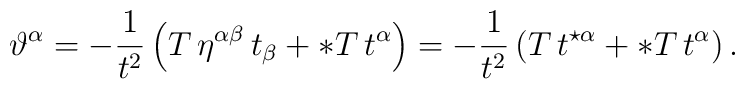
\vartheta^{\alpha}= - {1\over    t^2}\left(T\,\eta^{\alpha\beta}\,t_{\beta} + \ast T\,    t^{\alpha}\right)= - {1\over    t^2}\left(T\,t^{\star\alpha} + \ast T\,    t^{\alpha}\right).